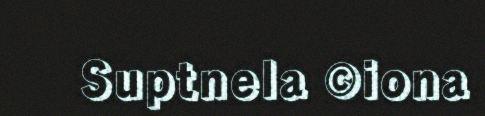
Suptnela ©iona